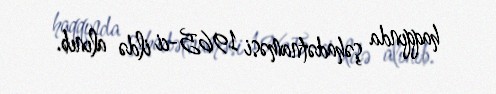
haqqında şəhadətnaməsi 1965-ci ildə alınıb.